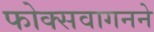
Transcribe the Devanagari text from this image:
फोक्सवागनने